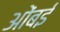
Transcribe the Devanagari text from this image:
ओंबई